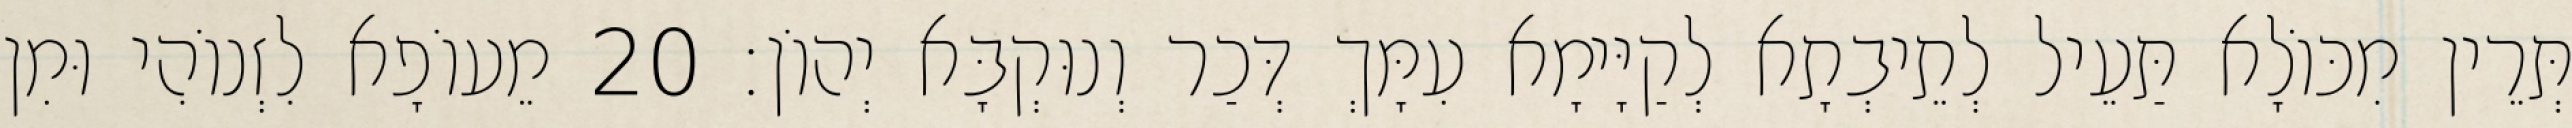
תְּרֵין מִכּוֹלָא תַּעֵיל לְתֵיבְתָא לְקַיָּימָא עִמָּךְ דְּכַר וְנוּקְבָּא יְהוֹן׃ 20 מֵעוֹפָא לִזְנוֹהִי וּמִן